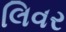
લિવર